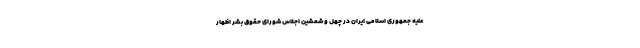
علیه جمهوری اسلامی ایران در چهل و شمشین اجلاس شورای حقوق بشر اظهار